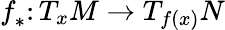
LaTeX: f_{*}^{}\colon T_{x}M\to T_{f(x)}N